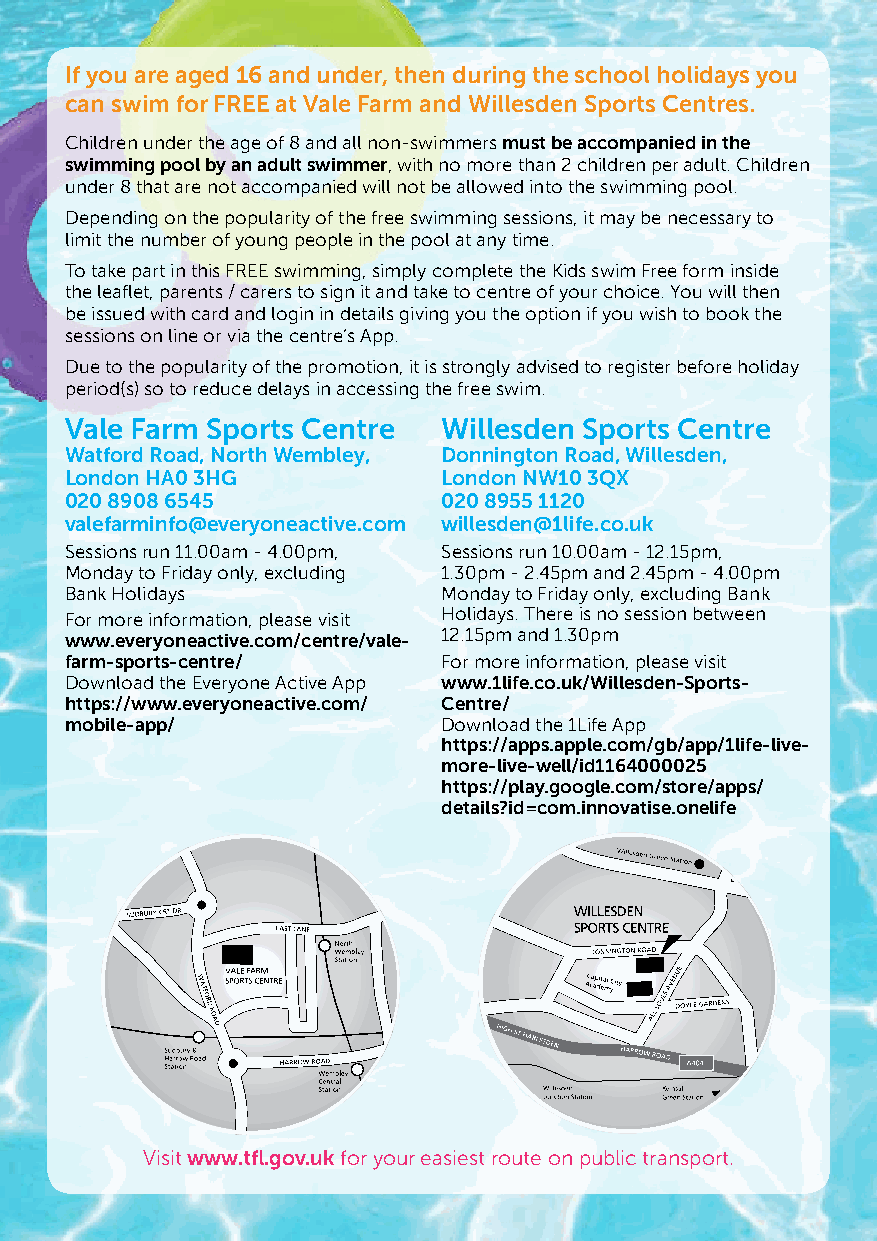
If you are aged 16 and under, then during the school holidays you
 can swim for FREE at Vale Farm and Willesden Sports Centres.
 Children under the age of 8 and all non-swimmers must be accompanied in the
 swimming pool by an adult swimmer, with no more than 2 children per adult. Children
 under 8 that are not accompanied will not be allowed into the swimming pool.
 Depending on the popularity of the free swimming sessions, it may be necessary to
 limit the number of young people in the pool at any time.
 To take part in this FREE swimming, simply complete the Kids swim Free form inside
 the leaflet, parents / carers to sign it and take to centre of your choice. You will then
 be issued with card and login in details giving you the option if you wish to book the
 sessions on line or via the centre’s App.
 Due to the popularity of the promotion, it is strongly advised to register before holiday
 period(s) so to reduce delays in accessing the free swim.
 Vale Farm Sports Centre  Willesden Sports Centre
 Watford Road, North Wembley, Donnington Road, Willesden,
 London HA0 3HG           London NW10 3QX
 020 8908 6545            020 8955 1120
 valefarminfo@everyoneactive.com willesden@1life.co.uk
 Sessions run 11.00am - 4.00pm, Sessions run 10.00am - 12.15pm,
 Monday to Friday only, excluding 1.30pm - 2.45pm and 2.45pm - 4.00pm
 Bank Holidays            Monday to Friday only, excluding Bank
 For more information, please visit Holidays. There is no session between
 www.everyoneactive.com/centre/vale- 12.15pm and 1.30pm
 farm-sports-centre/      For more information, please visit
 Download the Everyone Active App www.1life.co.uk/Willesden-Sports-
 https://www.everyoneactive.com/ Centre/
 mobile-app/              Download the 1Life App
 https://apps.apple.com/gb/app/1life-live-
 more-live-well/id1164000025
 https://play.google.com/store/apps/
 details?id=com.innovatise.onelife
 Visit www.tfl.gov.uk for your easiest route on public transport.